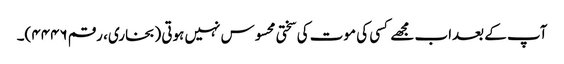
آپ کے بعداب مجھے کسی کی موت کی سختی محسوس نہیں ہوتی (بخاری، رقم ۴۴۴۶)۔